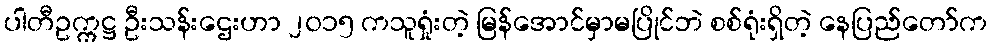
ပါတီဥက္ကဋ္ဌ ဦးသန်းဌေးဟာ ၂၀၁၅ ကသူရှုံးတဲ့ မြန်အောင်မှာမပြိုင်ဘဲ စစ်ရုံးရှိတဲ့ နေပြည်တော်က